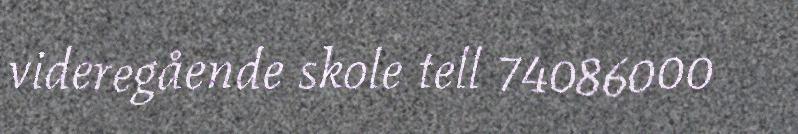
videregående skole tell 74086000